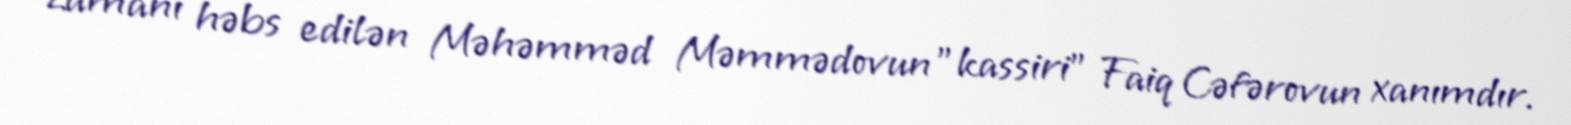
zamanı həbs edilən Məhəmməd Məmmədovun "kassiri" Faiq Cəfərovun xanımdır.